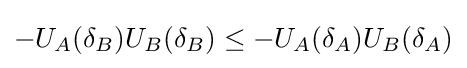
-U_{A}(\delta _{B})U_{B}(\delta _{B})\leq -U_{A}(\delta _{A})U_{B}(\delta _{A})